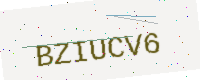
Text: BZIUCV6